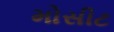
મોસીટ